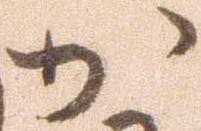
か